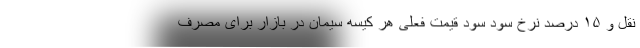
نقل و ۱۵ درصد نرخ سود سود قیمت فعلی هر کیسه سیمان در بازار برای مصرف